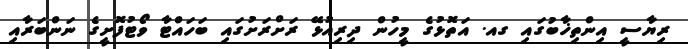
ރިޔާސީ އިންތިޚާބުގައި ގއ. އަތޮޅުގެ މީހުން ދިރިއުޅޭ ރަށްރަށުގައި ބަހައްޓާ ވޯޓުފޮށީގެ ނަންބަރާއި